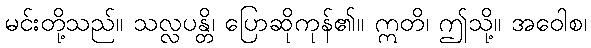
မင်းတို့သည်။ သလ္လပန္တိ၊ ပြောဆိုကုန်၏။ ဣတိ၊ ဤသို့။ အဝေါစ၊